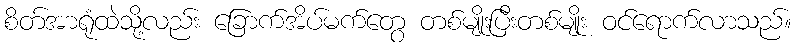
စိတ်အာရုံထဲသို့လည်း ခြောက်အိပ်မက်တွေ တစ်မျိုးပြီးတစ်မျိုး ဝင်ရောက်လာသည်။